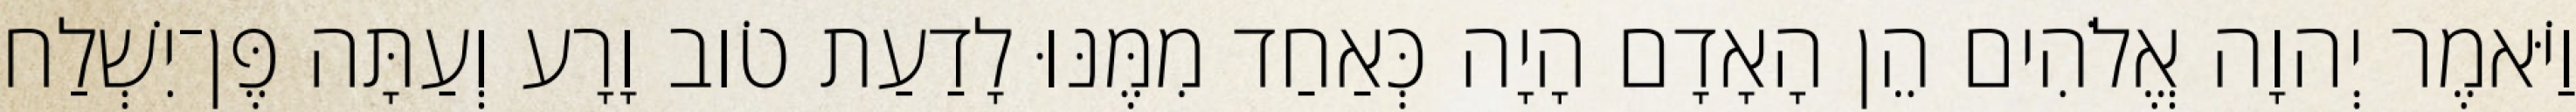
וַיֹּאמֶר יְהוָה אֱלֹהִים הֵן הָאָדָם הָיָה כְּאַחַד מִמֶּנּוּ לָדַעַת טֹוב וָרָע וְעַתָּה פֶּן־יִשְׁלַח